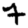
Digit: 7